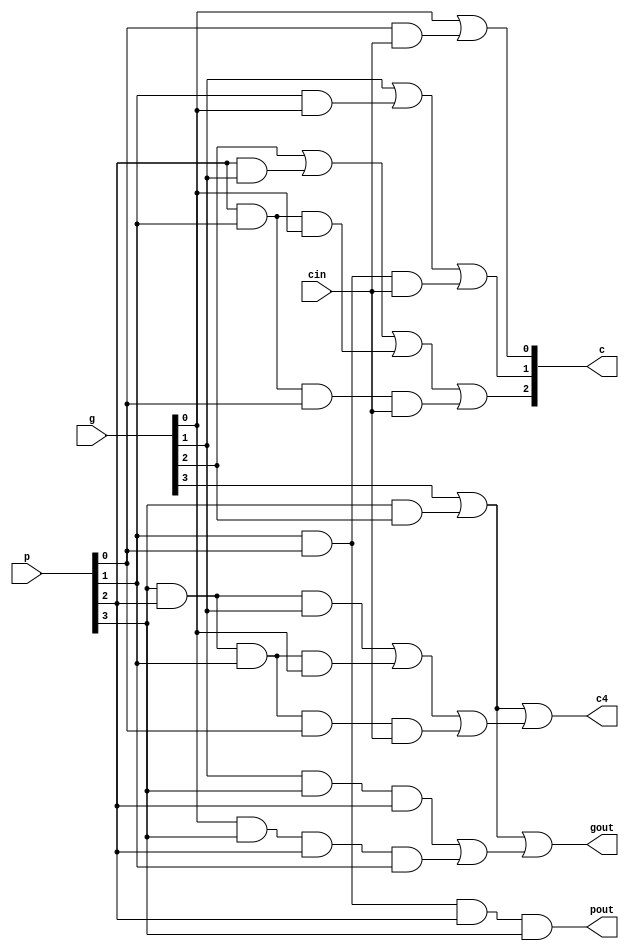
`timescale 1ns/1ps
module CarryLookahead (p, g, cin, c, c4, pout, gout);
   input [3:0] p;
   input [3:0] g;
   input cin;
   output reg [3:1] c;
   output reg c4;
   output reg pout;
   output reg gout;
   always @(*) begin
	   c[1] <= g[0] | (p[0]&cin);
	   c[2] <= g[1] | (p[1]&g[0]) | (p[1]&p[0]&&cin);
	   c[3] <= g[2] | (p[2]&g[1]) | (p[2]&p[1]&g[0]) | (p[2]&p[1]&p[0]&cin);
	   c4 <= g[3] | (p[3]&g[2]) || (p[3]&p[2]&g[1]) | (p[3]&p[2]&p[1]&g[0]) | (p[3]&p[2]&p[1]&p[0]&cin);
	   pout <= p[0]&p[1]&p[2]&p[3];
	   gout <= g[3] | (g[2]&p[3]) || (g[1]&p[3]&p[2]) | (g[0]&p[3]&p[2]&p[1]);
   end
endmodule